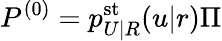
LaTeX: P^{(0)}=p_{U|R}^{\mathrm{st}}(u|r)\Pi